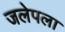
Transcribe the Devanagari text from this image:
जलेपला